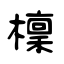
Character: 檁